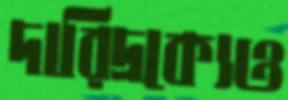
দারিদ্রক্যেও